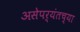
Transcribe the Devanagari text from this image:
असेपर्यंतच्या